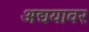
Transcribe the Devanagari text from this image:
अद्ययावर